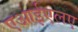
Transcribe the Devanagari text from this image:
एआईएलए